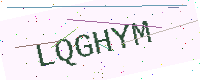
Text: LQGHYM